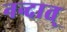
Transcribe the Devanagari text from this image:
नन्दात्